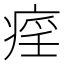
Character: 𤷏